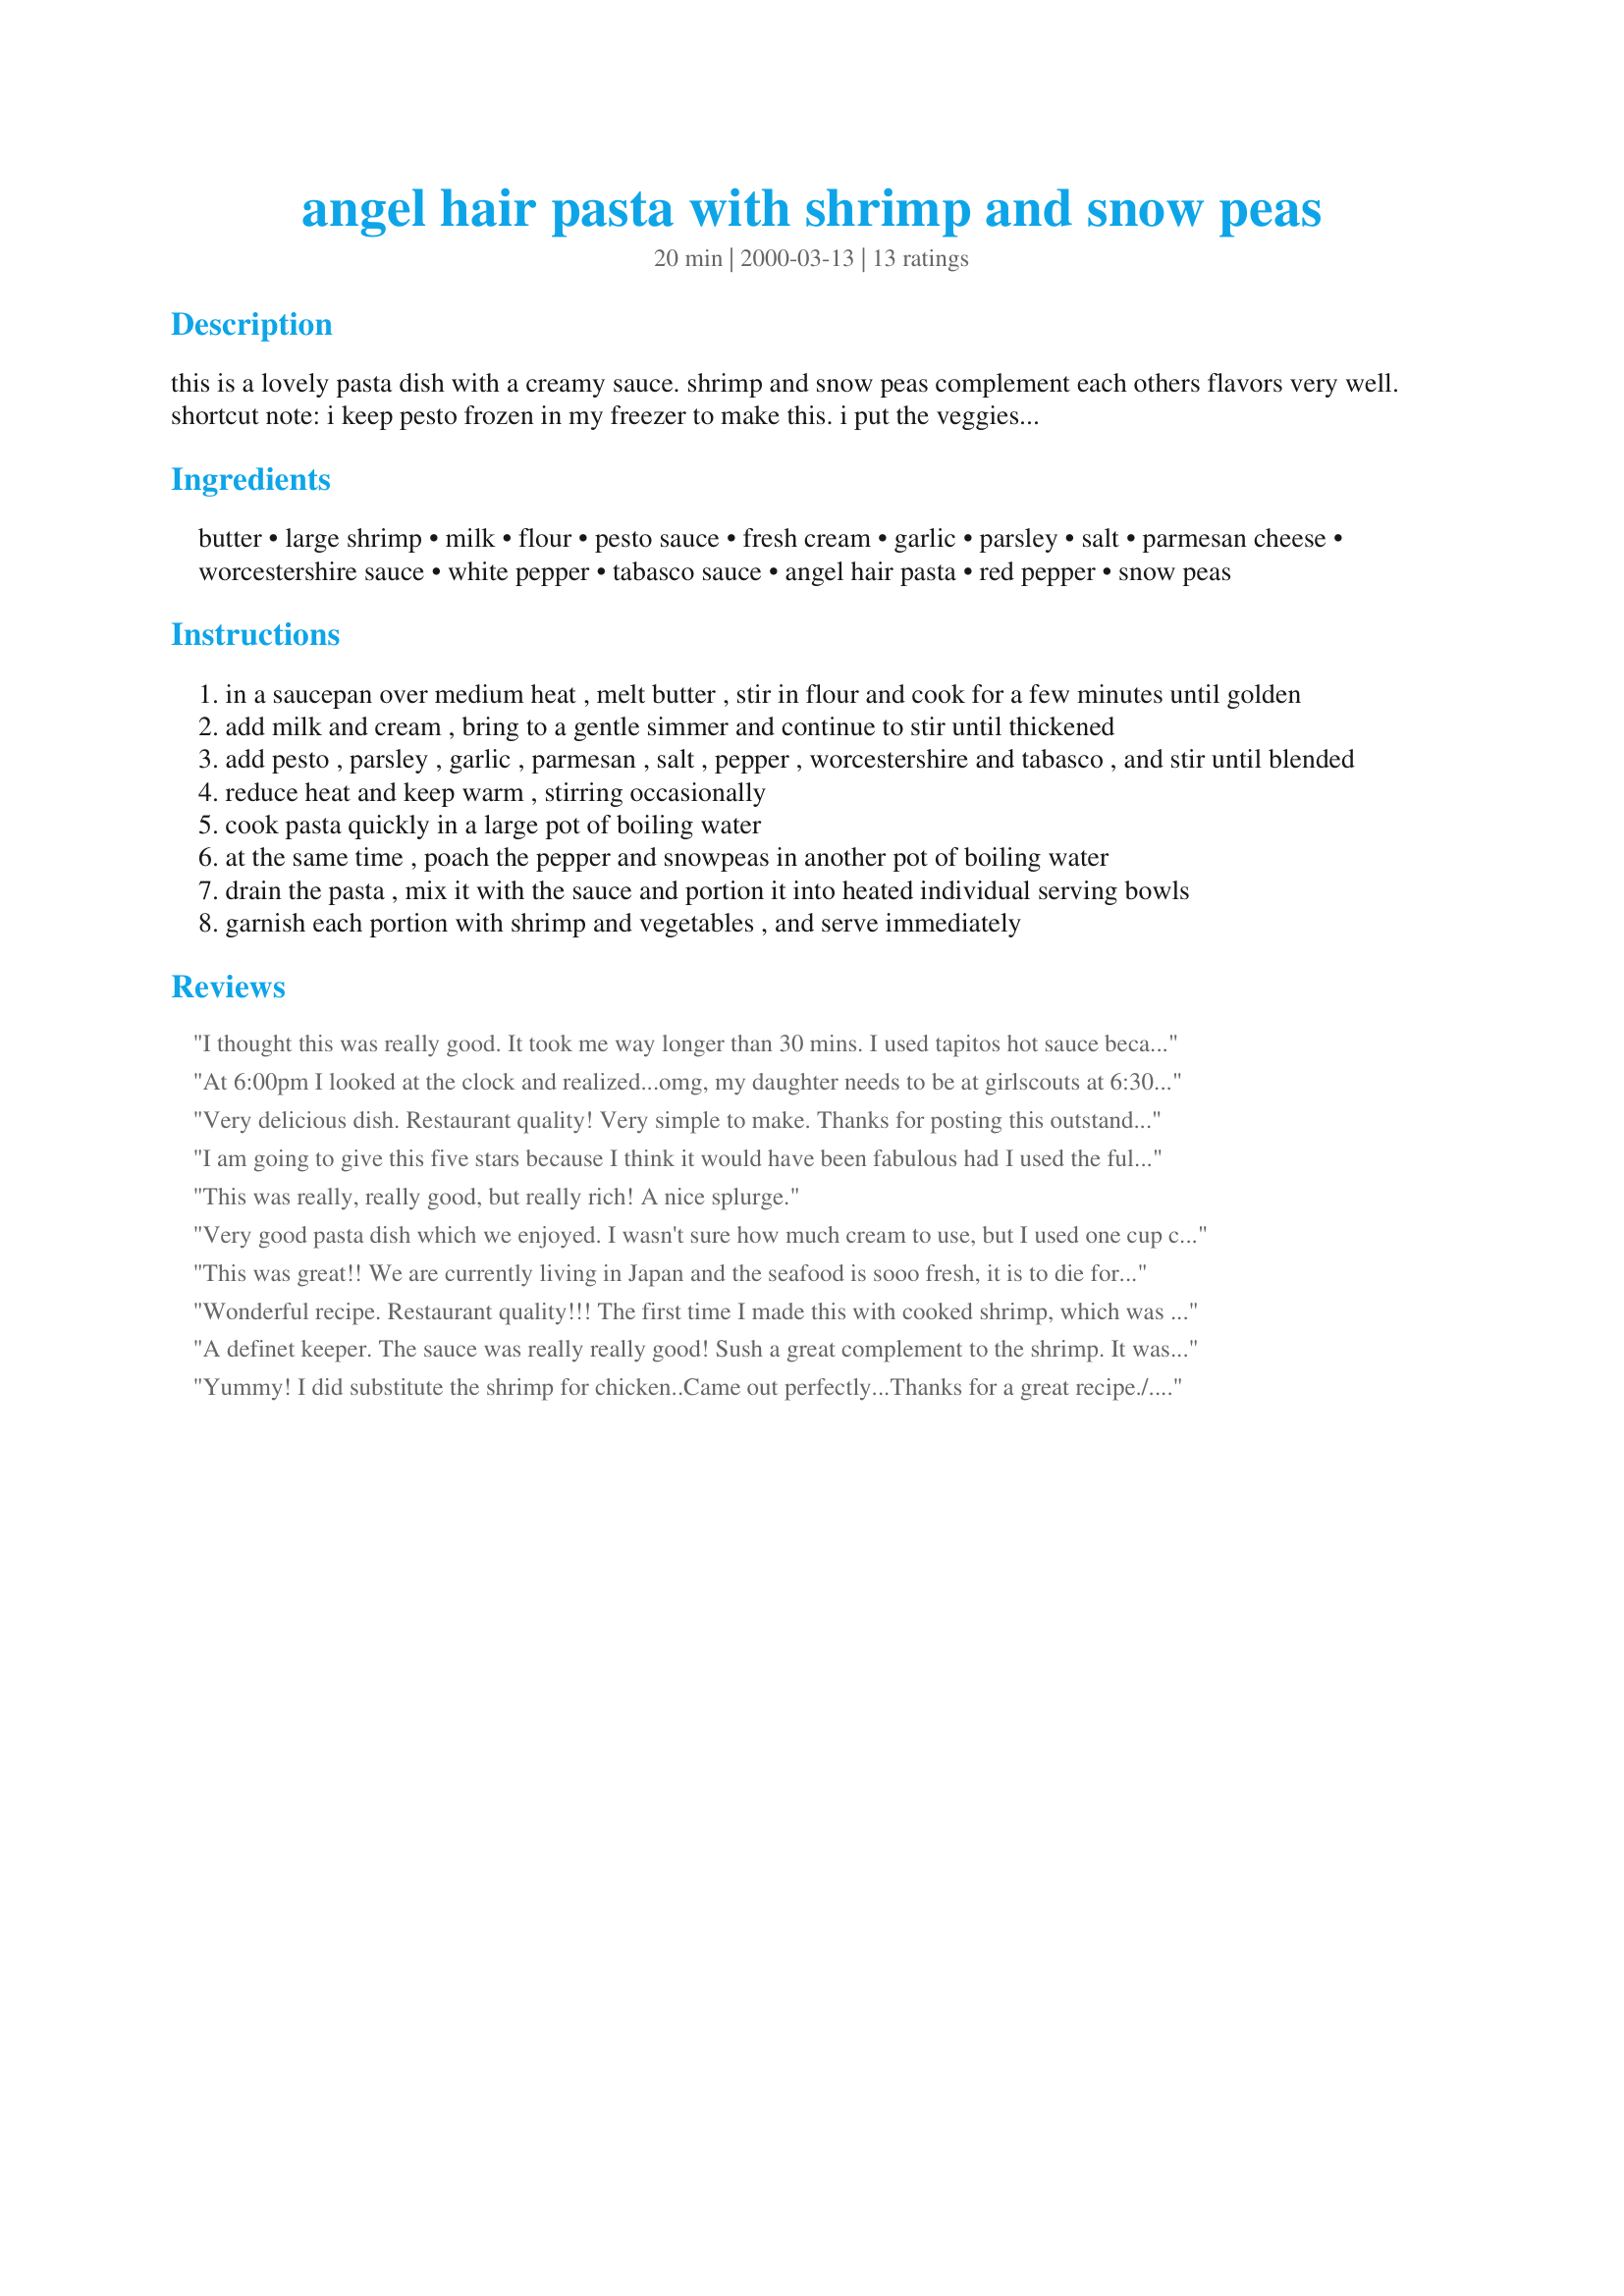
angel hair pasta with shrimp and snow peas
Preparation time: 20 minutes

this is a lovely pasta dish with a creamy sauce. shrimp and snow peas complement each others flavors very well.
shortcut note: i keep pesto frozen in my freezer to make this. i put the veggies in a handheld strainer and poach them in the same pot as the pasta is cooking in.

Ingredients:
butter, large shrimp, milk, flour, pesto sauce, fresh cream, garlic, parsley, salt, parmesan cheese, worcestershire sauce, white pepper, tabasco sauce, angel hair pasta, red pepper, snow peas

Steps:
in a saucepan over medium heat , melt butter , stir in flour and cook for a few minutes until golden
add milk and cream , bring to a gentle simmer and continue to stir until thickened
add pesto , parsley , garlic , parmesan , salt , pepper , worcestershire and tabasco , and stir until blended
reduce heat and keep warm , stirring occasionally
cook pasta quickly in a large pot of boiling water
at the same time , poach the pepper and snowpeas in another pot of boiling water
drain the pasta , mix it with the sauce and portion it into heated individual serving bowls
garnish each portion with shrimp and vegetables , and serve immediately

Reviews:
I thought this was really good. It took me way longer than 30 mins. I used tapitos hot sauce because I didn't have any tabasco. NOT hot in the least. Don't be scared to use it. Thank you!
At 6:00pm I looked at the clock and realized...omg, my daughter needs to be at girlscouts at 6:30!....Threw four pots on the stove, and by 6:25 my kids deVOURED this dish! I left a plate for my husband...all gone...I didn't even get any :-(! So I'd say this one's a keeper!!!! I thank you for sharing such a quick and tasty recipe!!!! LA :-)
Very delicious dish. Restaurant quality! Very simple to make. Thanks for posting this outstanding recipe.
I am going to give this five stars because I think it would have been fabulous had I used the full amount of garlic. I didn't because my darlin' DH is always fussing about me using garlic. If he doesn't know it is in there, he doesn't say anything. Go figure! I will makethis again with all the garlic because what is alfredo without garlic? :)
This was really, really good, but really rich! A nice splurge.
Very good pasta dish which we enjoyed. I wasn't sure how much cream to use, but I used one cup cream and 1 cup milk which seemed right. I also left out the Tabasco and it didn't seem to need it as far as we were concerned. Very good pasta dish that is fast enough for the middle of the week. Thanks for sharing!
This was great!! We are currently living in Japan and the seafood is sooo fresh, it is to die for! I think that this would also be good with chicken. Don't be afraid of the Tabasco, it didn't make it spicey at all. I think that if you want spice add some hot red peppers. This is a keeper!!!!!!
Wonderful recipe. Restaurant quality!!! The first time I made this with cooked shrimp, which was added to the sauce for heating only. Followed the recipe as written only change was 2 cups half & half. I would also increase the flour to 1 TBS per cup. Be patient it will thicken! Fresh pasta was used & cooked with the snow peas. Easy! The second time I used chicken & increased the snow peas. Added cooked pasta to the sauce then added pasta water to the sauce 1/4 cup at a time. Till I had the consistency that I wished. I will be using this recipe often! It is a rich recipe but can be served with a large salad or add a large amount of veg. This recipe will serve six. Thank you very much Dawn.This recipe will have it's own special plastic cover I will use this recipe often as I always have these items in house.
A definet keeper. The sauce was really really good! Sush a great complement to the shrimp. It was an easy quick dinner, but it took me longer than half an hour. I wasn't in a hurry though. My boyfriend who normally doesn't really care for cream sauces had seconds and was sopping the last of the sauce up with bread!
Yummy! I did substitute the shrimp for chicken..Came out perfectly...Thanks for a great recipe./...Thanks again
Yummy. We all loved the sauce and the snow peas complimented this dish just right. I will definitely make this again. I followed the instructions except I left out the Tabasco sauce because of children.

My husband loved this. I omitted the tabasco and used 1 minced fresh jalapeno added to the sauce with the garlic. I also used fresh chopped cilantro instead of parsley and doubled the amount of red pepper. To cut the cholesterol a little I used 2 Cups of 2% milk and 1 Cup of cream. Great basic recipe.
This dish was super easy to make. I also left out the Tabasco sauce, but I found the cream sauce a bit bland. I'm surprised the worcestershire sauce didn't kick up the flavour a bit more. This makes great lunch leftovers!
